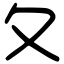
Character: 夂